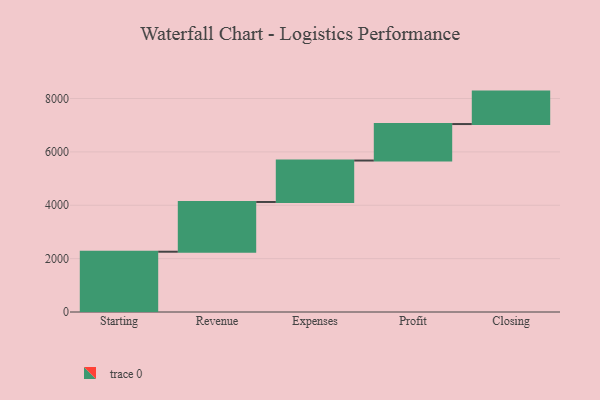
{"axis": {"x": "Step", "y": "Value"}, "legend": [""], "data": [{"x": "Starting", "y": 2259.0, "type": ""}, {"x": "Revenue", "y": 1864.0, "type": ""}, {"x": "Expenses", "y": 1553.0, "type": ""}, {"x": "Profit", "y": 1367.0, "type": ""}, {"x": "Closing", "y": 1216.0, "type": ""}]}